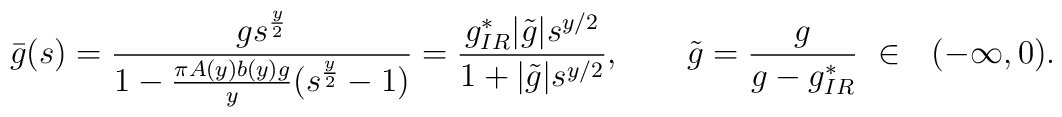
\bar{g}(s)=\frac{g s^{\frac{y}{2}}}{1-\frac{\pi  A(y)b(y)g}{y}(s^{\frac{y}{2}}-1)}=\frac{g_{IR}^*  |\tilde{g}|s^{y/2}}{1+|\tilde{g}|s^{y/2}},\ \ \ \ \ \ \tilde{g}=\frac{g}{g-g_{IR}^*}\ \in \ \ ( -\infty,0).